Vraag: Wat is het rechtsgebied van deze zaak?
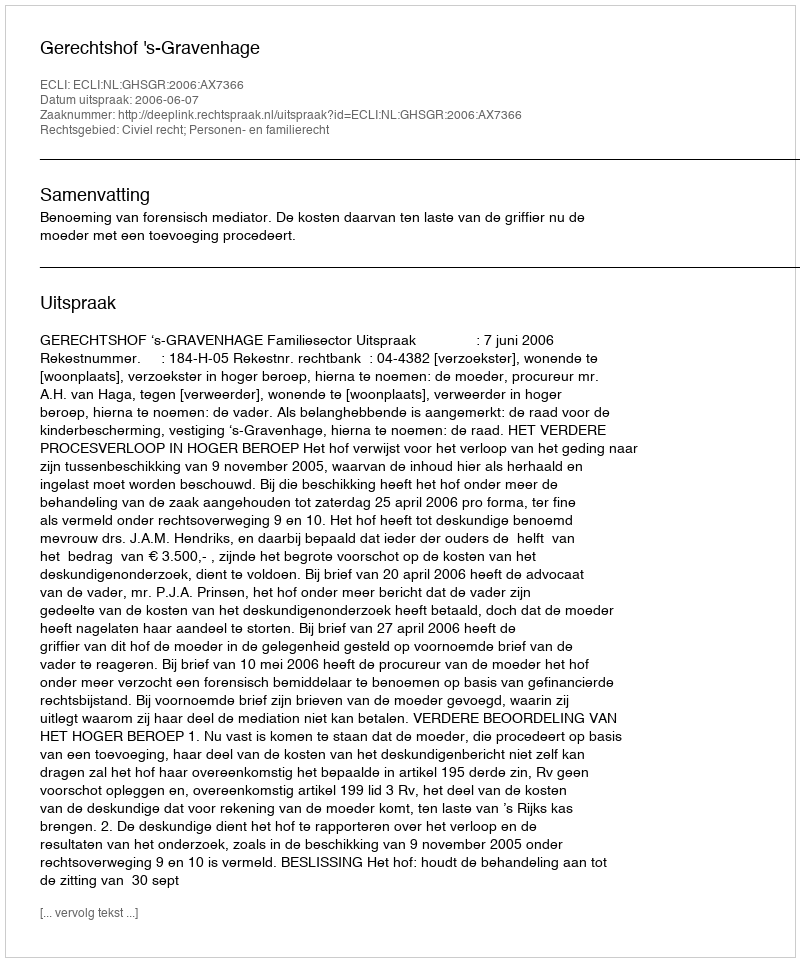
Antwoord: Civiel recht; Personen- en familierecht